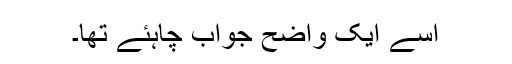
اسے ایک واضح جواب چاہئے تھا۔